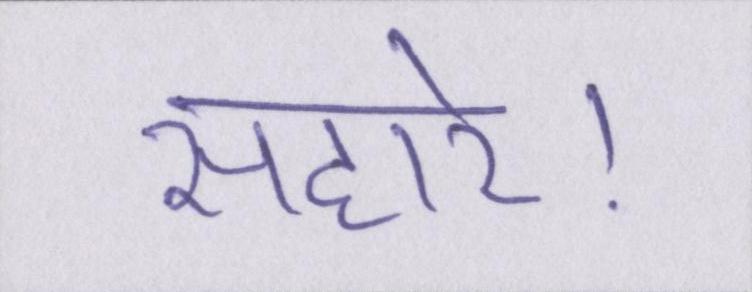
सहारे।